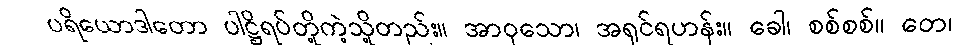
ပရိယောဒါတော ပါဋ္ဌိရပ်တို့ကဲ့သို့တည်း။ အာဝုသော၊ အရှင်ရဟန်း။ ခေါ၊ စစ်စစ်။ တေ၊